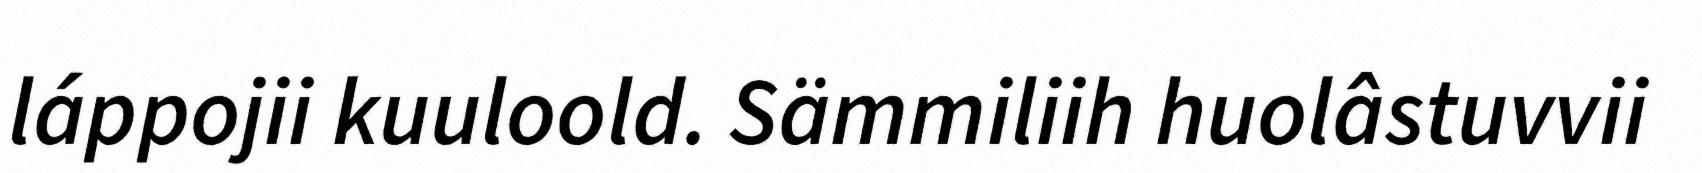
láppojii kuuloold. Sämmiliih huolâstuvvii